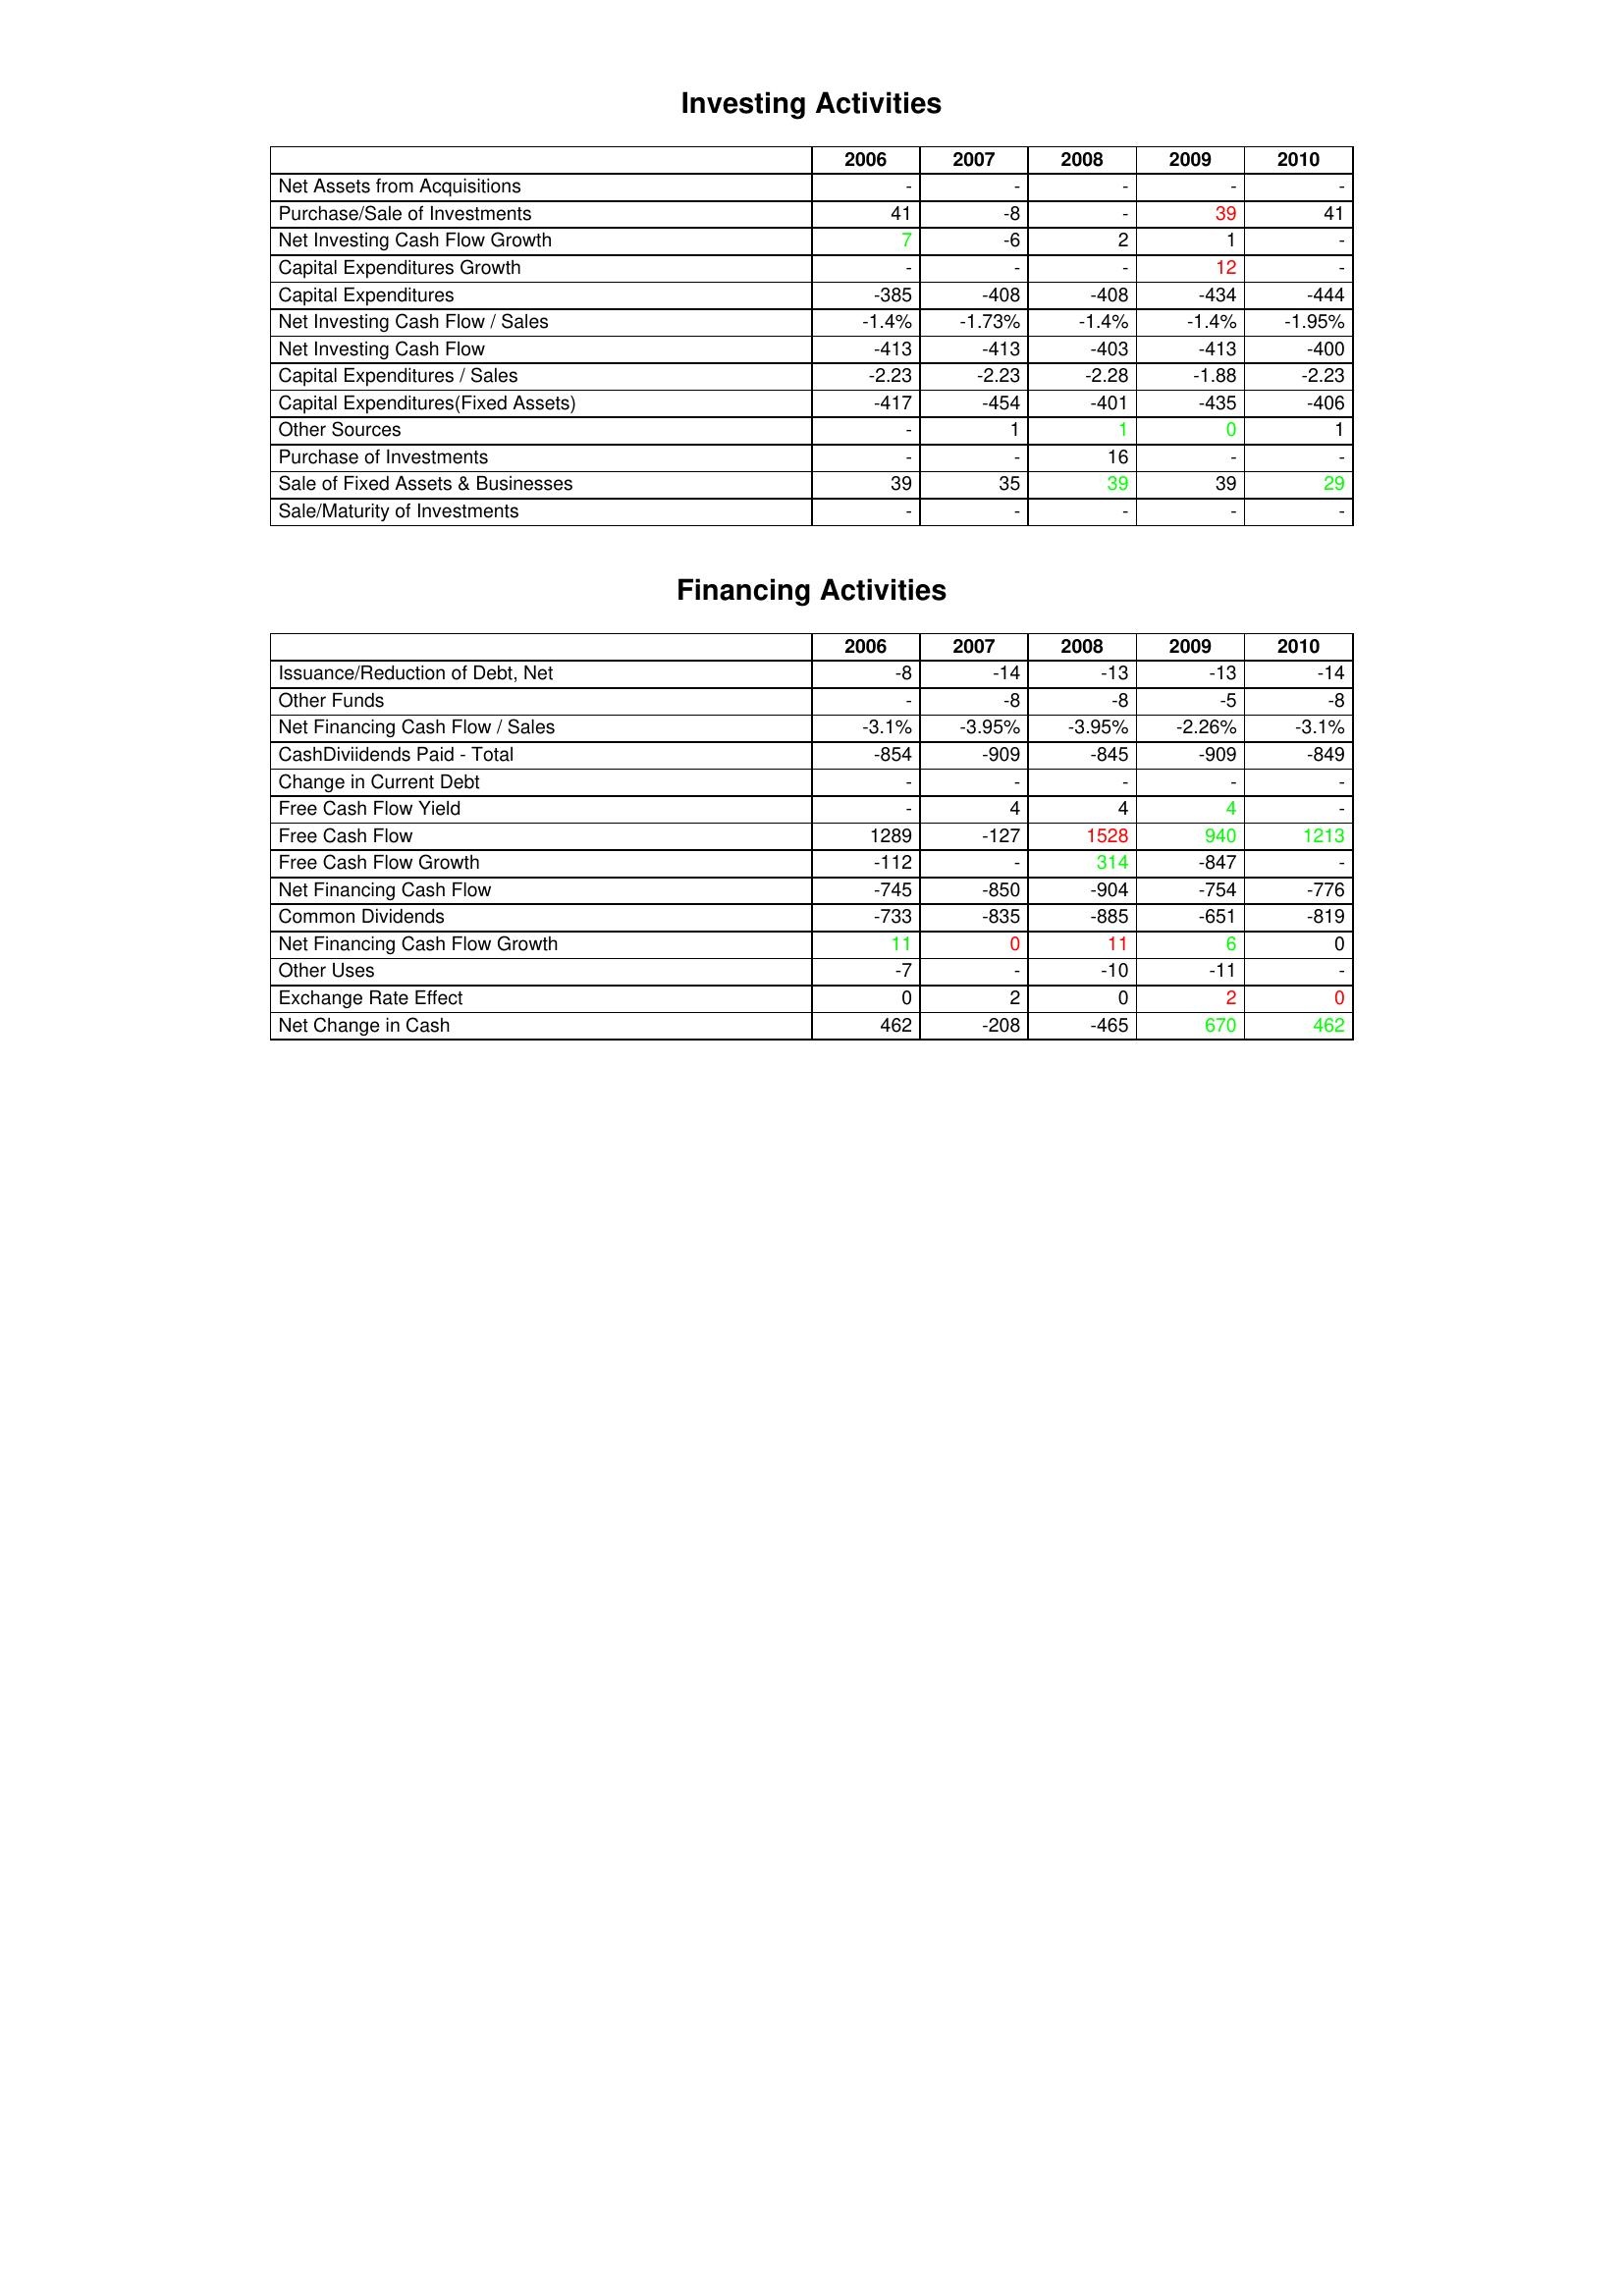
gt_parse: 2006: Investing Activities: Net Assets from Acquisitions: -
Purchase/Sale of Investments: 41
Net Investing Cash Flow Growth: 7
Capital Expenditures Growth: -
Capital Expenditures: -385
Net Investing Cash Flow / Sales: -1.4%
Net Investing Cash Flow: -413
Capital Expenditures / Sales: -2.23
Capital Expenditures(Fixed Assets): -417
Other Sources: -
Purchase of Investments: -
Sale of Fixed Assets & Businesses: 39
Sale/Maturity of Investments: -
Financing Activities: Issuance/Reduction of Debt, Net: -8
Other Funds: -
Net Financing Cash Flow / Sales: -3.1%
CashDiviidends Paid - Total: -854
Change in Current Debt: -
Free Cash Flow Yield: -
Free Cash Flow: 1289
Free Cash Flow Growth: -112
Net Financing Cash Flow: -745
Common Dividends: -733
Net Financing Cash Flow Growth: 11
Other Uses: -7
Exchange Rate Effect: 0
Net Change in Cash: 462
2007: Investing Activities: Net Assets from Acquisitions: -
Purchase/Sale of Investments: -8
Net Investing Cash Flow Growth: -6
Capital Expenditures Growth: -
Capital Expenditures: -408
Net Investing Cash Flow / Sales: -1.73%
Net Investing Cash Flow: -413
Capital Expenditures / Sales: -2.23
Capital Expenditures(Fixed Assets): -454
Other Sources: 1
Purchase of Investments: -
Sale of Fixed Assets & Businesses: 35
Sale/Maturity of Investments: -
Financing Activities: Issuance/Reduction of Debt, Net: -14
Other Funds: -8
Net Financing Cash Flow / Sales: -3.95%
CashDiviidends Paid - Total: -909
Change in Current Debt: -
Free Cash Flow Yield: 4
Free Cash Flow: -127
Free Cash Flow Growth: -
Net Financing Cash Flow: -850
Common Dividends: -835
Net Financing Cash Flow Growth: 0
Other Uses: -
Exchange Rate Effect: 2
Net Change in Cash: -208
2008: Investing Activities: Net Assets from Acquisitions: -
Purchase/Sale of Investments: -
Net Investing Cash Flow Growth: 2
Capital Expenditures Growth: -
Capital Expenditures: -408
Net Investing Cash Flow / Sales: -1.4%
Net Investing Cash Flow: -403
Capital Expenditures / Sales: -2.28
Capital Expenditures(Fixed Assets): -401
Other Sources: 1
Purchase of Investments: 16
Sale of Fixed Assets & Businesses: 39
Sale/Maturity of Investments: -
Financing Activities: Issuance/Reduction of Debt, Net: -13
Other Funds: -8
Net Financing Cash Flow / Sales: -3.95%
CashDiviidends Paid - Total: -845
Change in Current Debt: -
Free Cash Flow Yield: 4
Free Cash Flow: 1528
Free Cash Flow Growth: 314
Net Financing Cash Flow: -904
Common Dividends: -885
Net Financing Cash Flow Growth: 11
Other Uses: -10
Exchange Rate Effect: 0
Net Change in Cash: -465
2009: Investing Activities: Net Assets from Acquisitions: -
Purchase/Sale of Investments: 39
Net Investing Cash Flow Growth: 1
Capital Expenditures Growth: 12
Capital Expenditures: -434
Net Investing Cash Flow / Sales: -1.4%
Net Investing Cash Flow: -413
Capital Expenditures / Sales: -1.88
Capital Expenditures(Fixed Assets): -435
Other Sources: 0
Purchase of Investments: -
Sale of Fixed Assets & Businesses: 39
Sale/Maturity of Investments: -
Financing Activities: Issuance/Reduction of Debt, Net: -13
Other Funds: -5
Net Financing Cash Flow / Sales: -2.26%
CashDiviidends Paid - Total: -909
Change in Current Debt: -
Free Cash Flow Yield: 4
Free Cash Flow: 940
Free Cash Flow Growth: -847
Net Financing Cash Flow: -754
Common Dividends: -651
Net Financing Cash Flow Growth: 6
Other Uses: -11
Exchange Rate Effect: 2
Net Change in Cash: 670
2010: Investing Activities: Net Assets from Acquisitions: -
Purchase/Sale of Investments: 41
Net Investing Cash Flow Growth: -
Capital Expenditures Growth: -
Capital Expenditures: -444
Net Investing Cash Flow / Sales: -1.95%
Net Investing Cash Flow: -400
Capital Expenditures / Sales: -2.23
Capital Expenditures(Fixed Assets): -406
Other Sources: 1
Purchase of Investments: -
Sale of Fixed Assets & Businesses: 29
Sale/Maturity of Investments: -
Financing Activities: Issuance/Reduction of Debt, Net: -14
Other Funds: -8
Net Financing Cash Flow / Sales: -3.1%
CashDiviidends Paid - Total: -849
Change in Current Debt: -
Free Cash Flow Yield: -
Free Cash Flow: 1213
Free Cash Flow Growth: -
Net Financing Cash Flow: -776
Common Dividends: -819
Net Financing Cash Flow Growth: 0
Other Uses: -
Exchange Rate Effect: 0
Net Change in Cash: 462